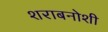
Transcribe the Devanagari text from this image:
शराबनोशी